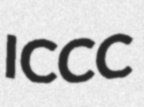
ICCC